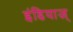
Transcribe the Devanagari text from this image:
इंडियाज्